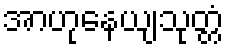
အာဟုနေယျသုတ္တံ